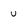
Character: u